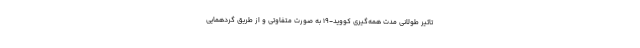
تاثیر طولانی مدت همه‌گیری کووید-۱۹ به صورت متفاوتی و از طریق گردهمایی